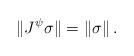
LaTeX: \begin{align*}\| J^\psi \sigma \| = \| \sigma \|\,.\end{align*}